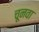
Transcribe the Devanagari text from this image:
चूनवा